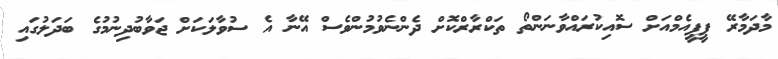
މާދަމާރޭ ޕީޕީއެމްއަށް ސޮއިކުރައްވާނަންތޯ ތަކްރާރްކޮށް ދެންނެވުމުންވެސް އޭނާ އެ ސުވާލަކަށް ޖަވާބުދިނުމުގެ ބަދަލުގައި